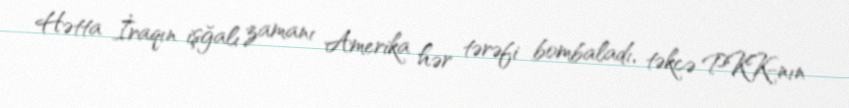
Hətta İraqın işğalı zamanı Amerika hər tərəfi bombaladı, təkcə PKK-nın